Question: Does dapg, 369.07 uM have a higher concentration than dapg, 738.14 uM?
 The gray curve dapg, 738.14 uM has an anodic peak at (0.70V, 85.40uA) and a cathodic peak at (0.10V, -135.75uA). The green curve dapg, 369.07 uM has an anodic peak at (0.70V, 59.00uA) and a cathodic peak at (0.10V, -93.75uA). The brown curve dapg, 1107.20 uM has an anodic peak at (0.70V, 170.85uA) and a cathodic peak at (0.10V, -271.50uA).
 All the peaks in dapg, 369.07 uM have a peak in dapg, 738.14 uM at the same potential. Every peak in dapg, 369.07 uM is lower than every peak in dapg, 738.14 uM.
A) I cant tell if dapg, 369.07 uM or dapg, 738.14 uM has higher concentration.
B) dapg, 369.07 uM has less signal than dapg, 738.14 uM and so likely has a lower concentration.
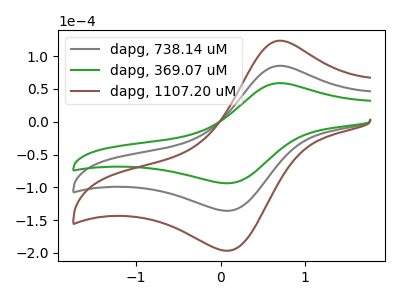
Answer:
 <answer>B) "dapg, 369.07 uM" has less signal than "dapg, 738.14 uM" and so likely has a lower concentration.</answer>
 <eval>B</eval>